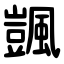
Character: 颽